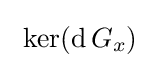
\ \ker(\operatorname {d} G_{x})~